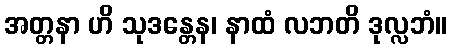
အတ္တနာ ဟိ သုဒန္တေန၊ နာထံ လဘတိ ဒုလ္လဘံ။